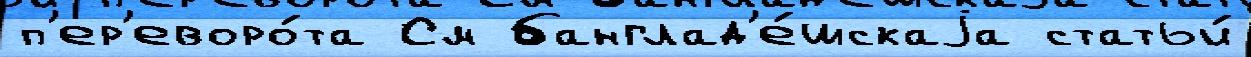
п'ер'еворо́та См банглад'е́шскаjа статьи́